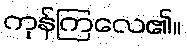
ကုန်ကြလေ၏။